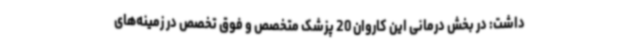
داشت: در بخش درمانی این کاروان 20 پزشک متخصص و فوق تخصص در زمینه‌های